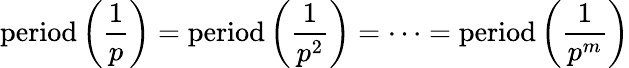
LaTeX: {\mathrm{period}}\left({\frac{1}{p}}\right)={\mathrm{period}}\left({\frac{1}{p^{2}}}\right)=\cdots={\mathrm{period}}\left({\frac{1}{p^{m}}}\right)